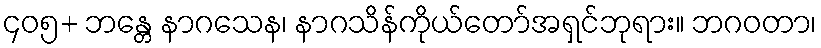
၄၀၅+ ဘန္တေ နာဂသေန၊ နာဂသိန်ကိုယ်တော်အရှင်ဘုရား။ ဘဂဝတာ၊